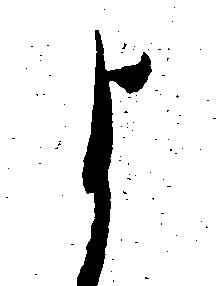
よ